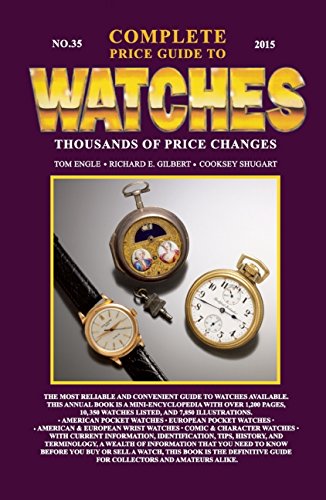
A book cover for The Complete Price Guide to Watches; Tom Engle; Crafts, Hobbies & Home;